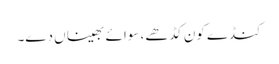
کنڈے کون کڈھے، سوائے بھیناں دے۔